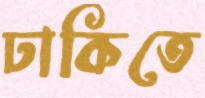
ঢাকিতে